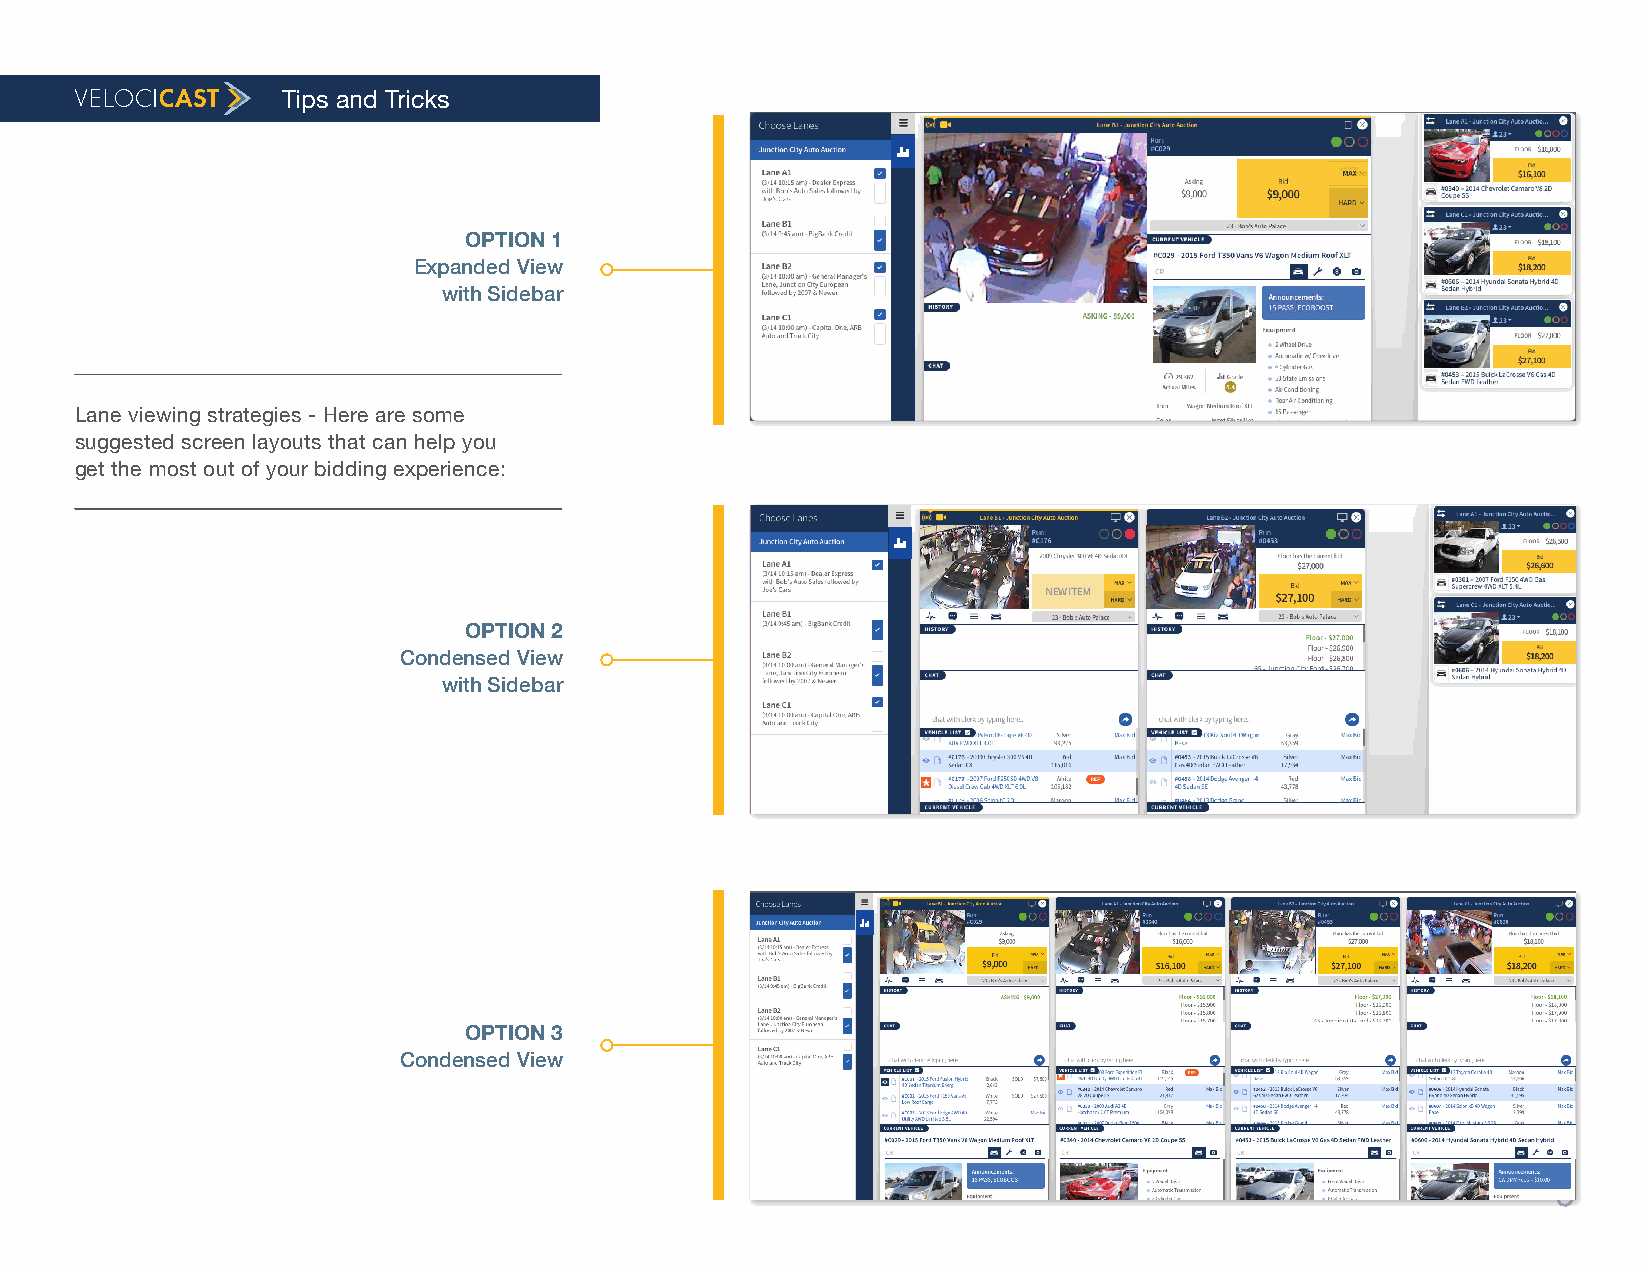
Tips and Tricks
 OPTION 1
 Expanded View
 with Sidebar
 Lane viewing strategies - Here are some
 suggested screen layouts that can help you
 get the most out of your bidding experience:
 OPTION 2
 Condensed View
 with Sidebar
 OPTION 3
 Condensed View
 9